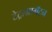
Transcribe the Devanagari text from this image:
टेट्राग्रामॅटन